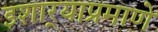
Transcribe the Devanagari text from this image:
इशार्‍याप्रमाणे